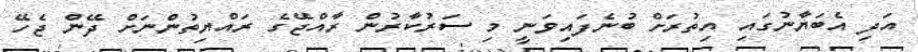
އަދި އެބަޔާނުގައި އިތުރަށް ބުނެފައިވަނީ މި ސަރުކާރުން ރާއްޖޭގެ ރައްޔިތުންނަށް ދޭން ޖެހޭ